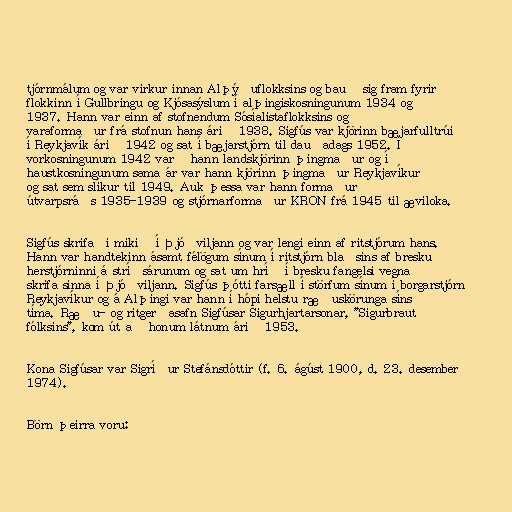
tjórnmálum og var virkur innan Alþýðuflokksins og bauð sig fram fyrir
flokkinn í Gullbringu og Kjósasýslum í alþingiskosningunum 1934 og
1937. Hann var einn af stofnendum Sósíalistaflokksins og
varaformaður frá stofnun hans árið 1938. Sigfús var kjörinn bæjarfulltrúi
í Reykjavík árið 1942 og sat í bæjarstjórn til dauðadags 1952. Í
vorkosningunum 1942 varð hann landskjörinn þingmaður og í
haustkosningunum sama ár var hann kjörinn þingmaður Reykjavíkur
og sat sem slíkur til 1949. Auk þessa var hann formaður
útvarpsráðs 1935-1939 og stjórnarformaður KRON frá 1945 til æviloka.

Sigfús skrifaði mikið í Þjóðviljann og var lengi einn af ritstjórum hans.
Hann var handtekinn ásamt félögum sínum í ritstjórn blaðsins af bresku
herstjórninni á stríðsárunum og sat um hríð í bresku fangelsi vegna
skrifa sinna í Þjóðviljann. Sigfús þótti farsæll í störfum sínum í borgarstjórn
Reykjavíkur og á Alþingi var hann í hópi helstu ræðuskörunga síns
tíma. Ræðu- og ritgerðasafn Sigfúsar Sigurhjartarsonar, "Sigurbraut
fólksins", kom út að honum látnum árið 1953.

Kona Sigfúsar var Sigríður Stefánsdóttir (f. 6. ágúst 1900, d. 23. desember
1974).

Börn þeirra voru: